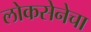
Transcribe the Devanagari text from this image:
लोकसेनेचा